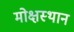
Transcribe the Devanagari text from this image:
मोक्षस्थान